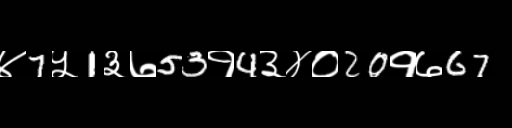
Text: ४7५1३७53१4३४०20१७67